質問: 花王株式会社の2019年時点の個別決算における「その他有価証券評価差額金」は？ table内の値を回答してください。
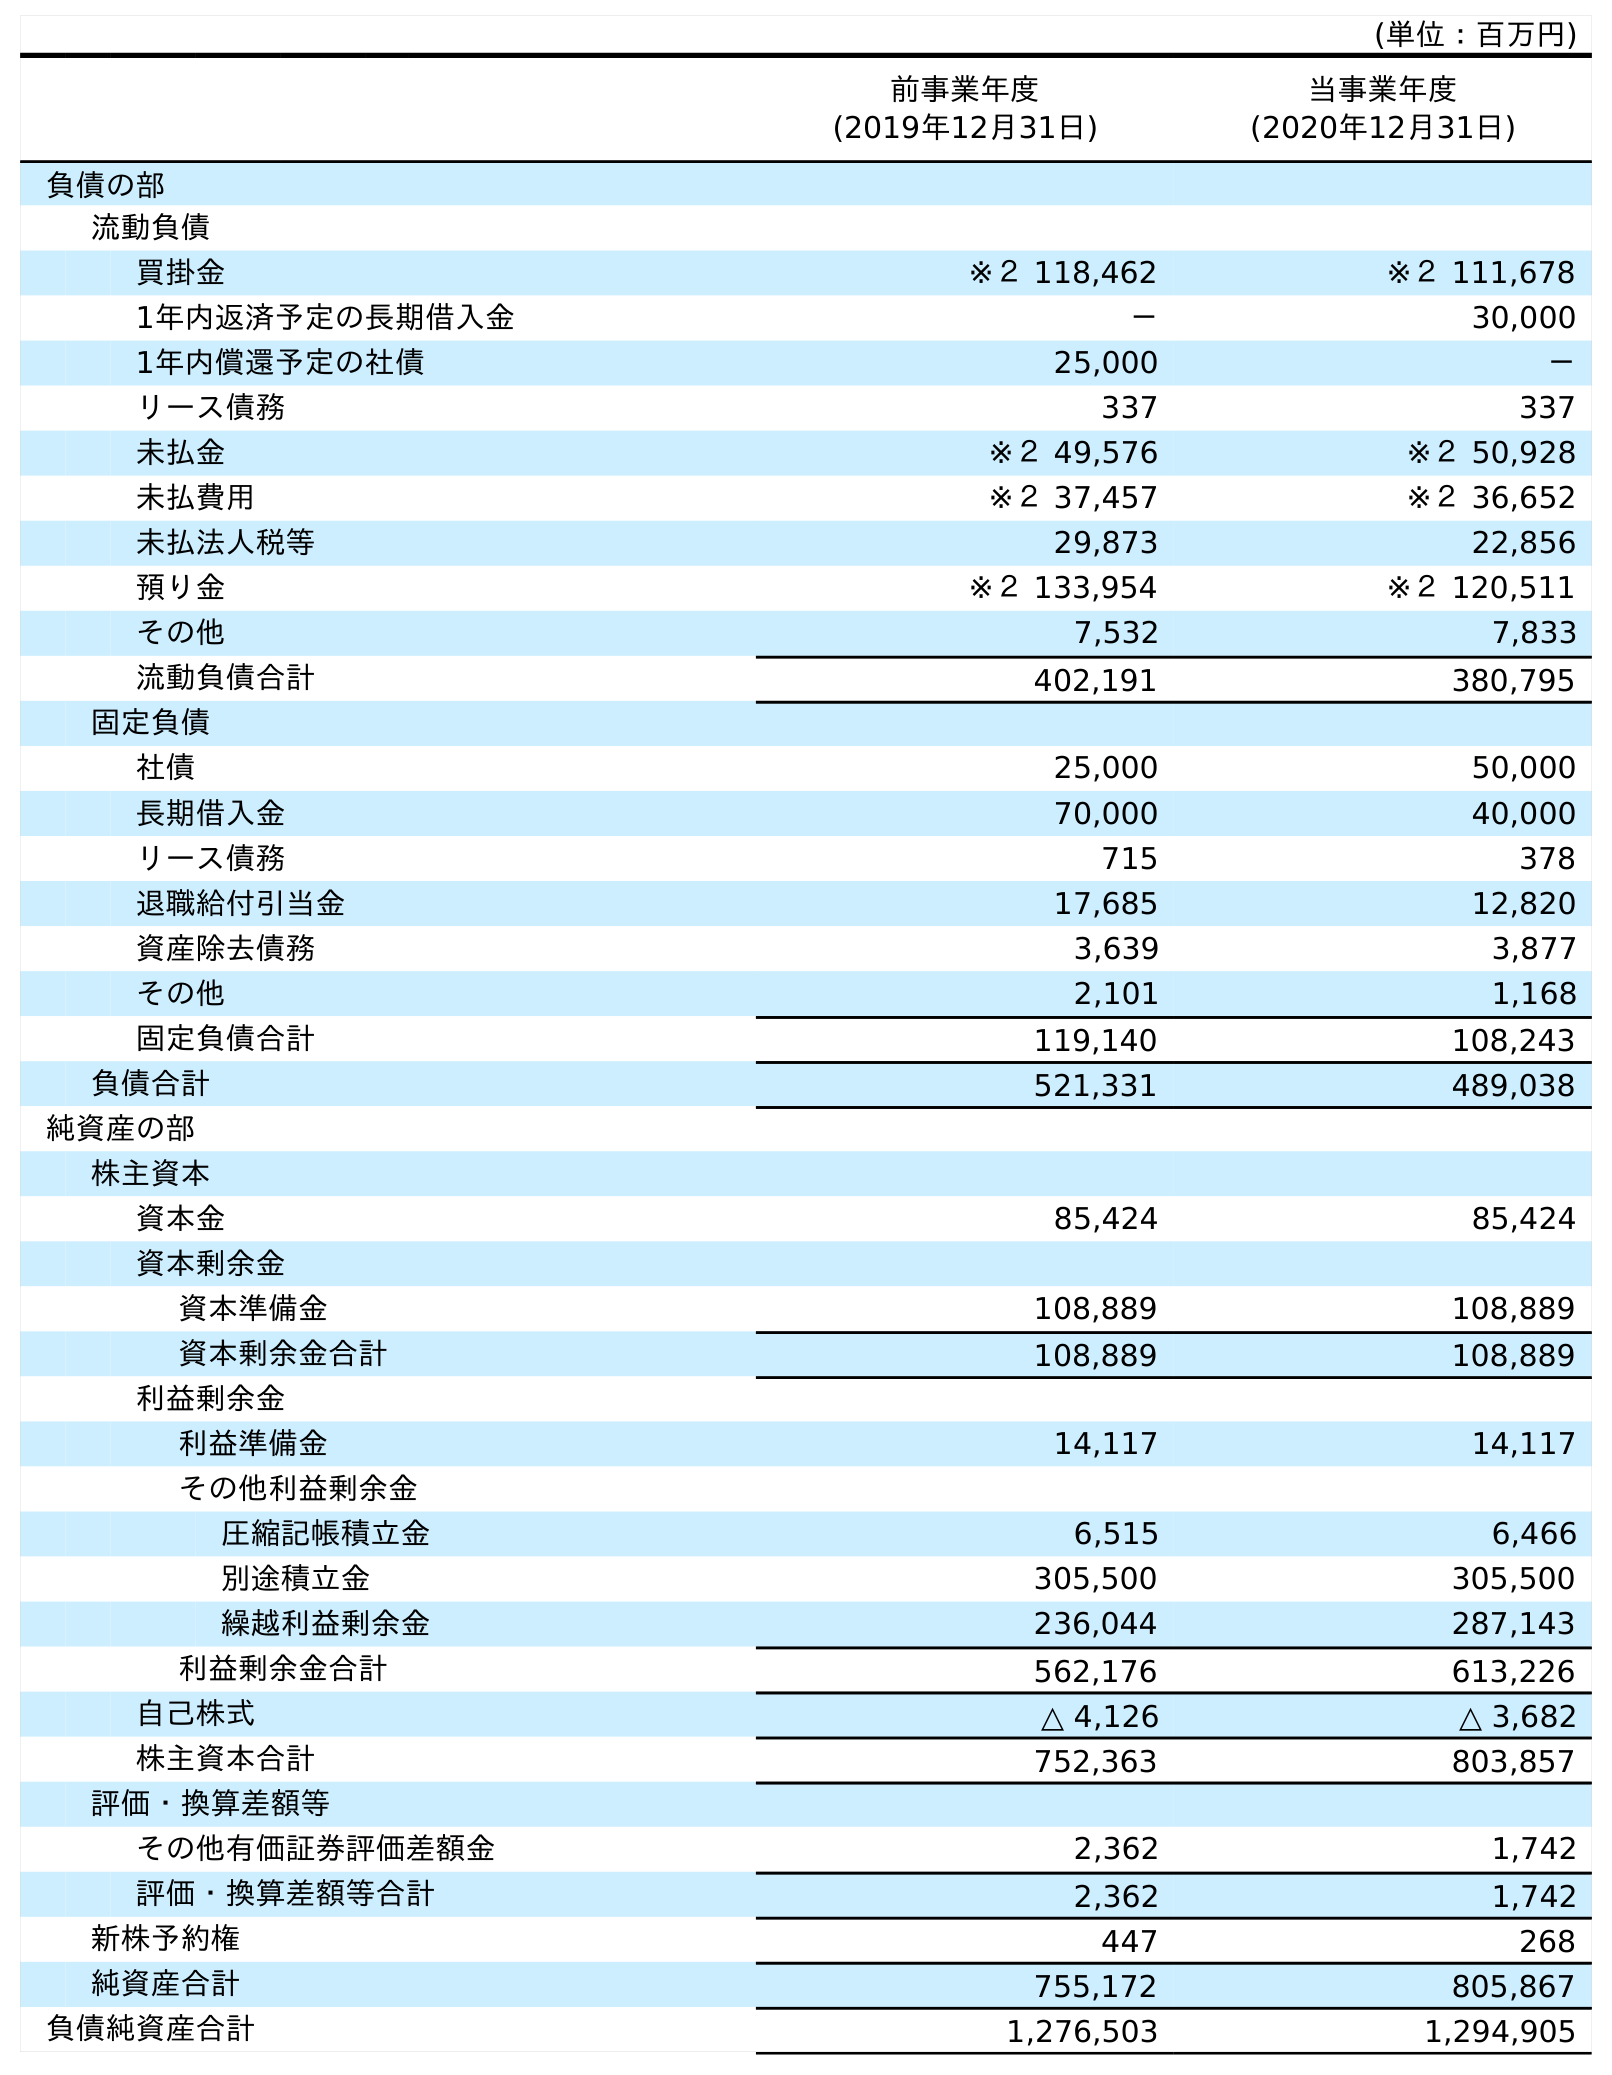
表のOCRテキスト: (単位：百万円) 前事業年度 (2019年12月31日) 当事業年度 (2020年12月31日) 負債の部 流動負債 買掛金 ※２ 118,462 ※２ 111,678 1年内返済予定の長期借入金 － 30,000 1年内償還予定の社債 25,000 － リース債務 337 337 未払金 ※２ 49,576 ※２ 50,928 未払費用 ※２ 37,457 ※２ 36,652 未払法人税等 29,873 22,856 預り金 ※２ 133,954 ※２ 120,511 その他 7,532 7,833 流動負債合計 402,191 380,795 固定負債 社債 25,000 50,000 長期借入金 70,000 40,000 リース債務 715 378 退職給付引当金 17,685 12,820 資産除去債務 3,639 3,877 その他 2,101 1,168 固定負債合計 119,140 108,243 負債合計 521,331 489,038 純資産の部 株主資本 資本金 85,424 85,424 資本剰余金 資本準備金 108,889 108,889 資本剰余金合計 108,889 108,889 利益剰余金 利益準備金 14,117 14,117 その他利益剰余金 圧縮記帳積立金 6,515 6,466 別途積立金 305,500 305,500 繰越利益剰余金 236,044 287,143 利益剰余金合計 562,176 613,226 自己株式 △ 4,126 △ 3,682 株主資本合計 752,363 803,857 評価・換算差額等 その他有価証券評価差額金 2,362 1,742 評価・換算差額等合計 2,362 1,742 新株予約権 447 268 純資産合計 755,172 805,867 負債純資産合計 1,276,503 1,294,905
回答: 2,362